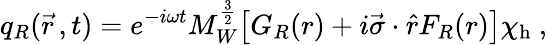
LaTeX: q_{R}(\vec{r}\, ,t)=e^{-i\omega t}M_{W}^{\frac{3}{2}}\bigl[G_{R}(r)+i\vec{\sigma}\cdot\hat{r}F_{R}(r)\bigr]\chi_{\mathrm{h}}\ ,